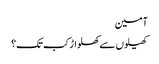
آمین
کھیلوں سے کھلواڑ کب تک؟